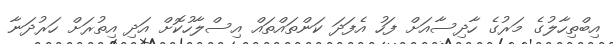
އިބްތިހާލުގެ މަރުގެ ހާދިސާއަށް ފަހު އެފަދަ ކަންތައްތައް އިސްލާހުކޮށް އަދި އިތުރަށް ހަރުދަނާ